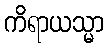
ကိရာယသ္မာ